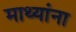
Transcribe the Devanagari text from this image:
माथ्यांना